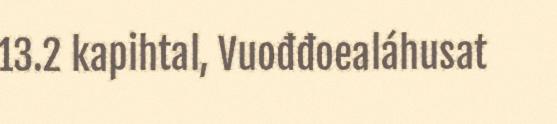
13.2 kapihtal, Vuođđoealáhusat